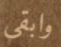
وابقى